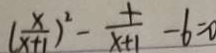
( \frac { x } { x + 1 } ) ^ { 2 } - \frac { + } { x + 1 } - 6 = 0